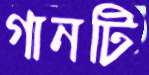
গানটি